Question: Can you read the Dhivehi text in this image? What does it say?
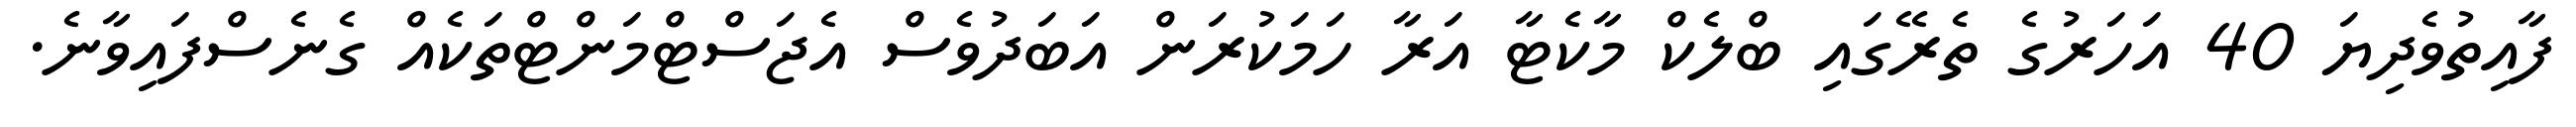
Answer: ފާއިތުވެދިޔަ 40 އަހަރުގެ ތެރޭގައި ބްލެކް މާކެޓާ އަރާ ހަމަކުރަން އަބަދުވެސް އެޖަސްޓްމަންޓްތަކެއް ގެނެސްފައިވާނެ.